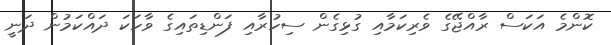
ކޮންމެ އަކަސް ރާއްޖޭގެ ވެރިކަމާއި ގުޅިގެން ސިހުރާއި ފަންޑިތައިގެ ވާހަކަ ދައްކަމުން ދަނީ